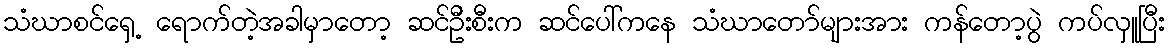
သံဃာစင်ရှေ့ ရောက်တဲ့အခါမှာတော့ ဆင်ဦးစီးက ဆင်ပေါ်ကနေ သံဃာတော်များအား ကန်တော့ပွဲ ကပ်လှူပြီး